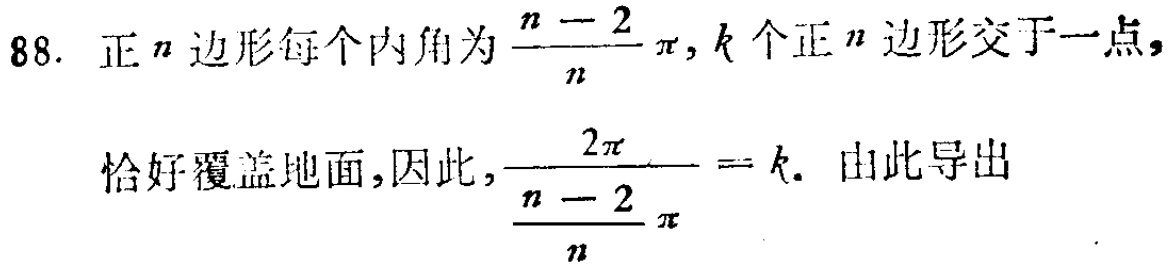
88. 正\(n\)边形每个内角为\(\frac{n - 2}{n}\pi\)，\(k\)个正\(n\)边形交于一点，
恰好覆盖地面，因此，\(\frac{2\pi}{\frac{n - 2}{n}\pi}=k\)。由此导出